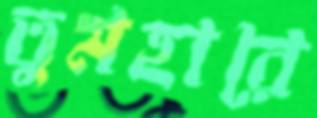
তুমহারে